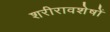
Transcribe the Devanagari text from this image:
शरीरावशेषों